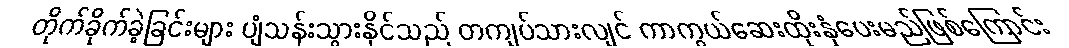
တိုက်ခိုက်ခဲ့ခြင်းများ ပျံသန်းသွားနိုင်သည် တကျပ်သားလျင် ကာကွယ်ဆေးထိုးနှံပေးမည်ဖြစ်ကြောင်း